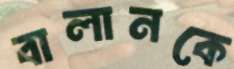
বালানকে